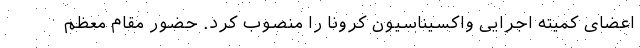
اعضای کمیته اجرایی واکسیناسیون کرونا را منصوب کرد. حضور مقام معظم